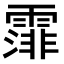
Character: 𩄼